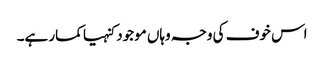
اس خوف کی وجہ وہاں موجود کنہیا کمار ہے۔